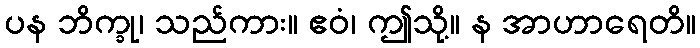
ပန ဘိက္ခု၊ သည်ကား။ ဧဝံ၊ ဤသို့။ န အာဟာရေတိ။